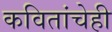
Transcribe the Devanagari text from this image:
कवितांचेही